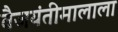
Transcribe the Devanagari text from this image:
वैजयंतीमालाला